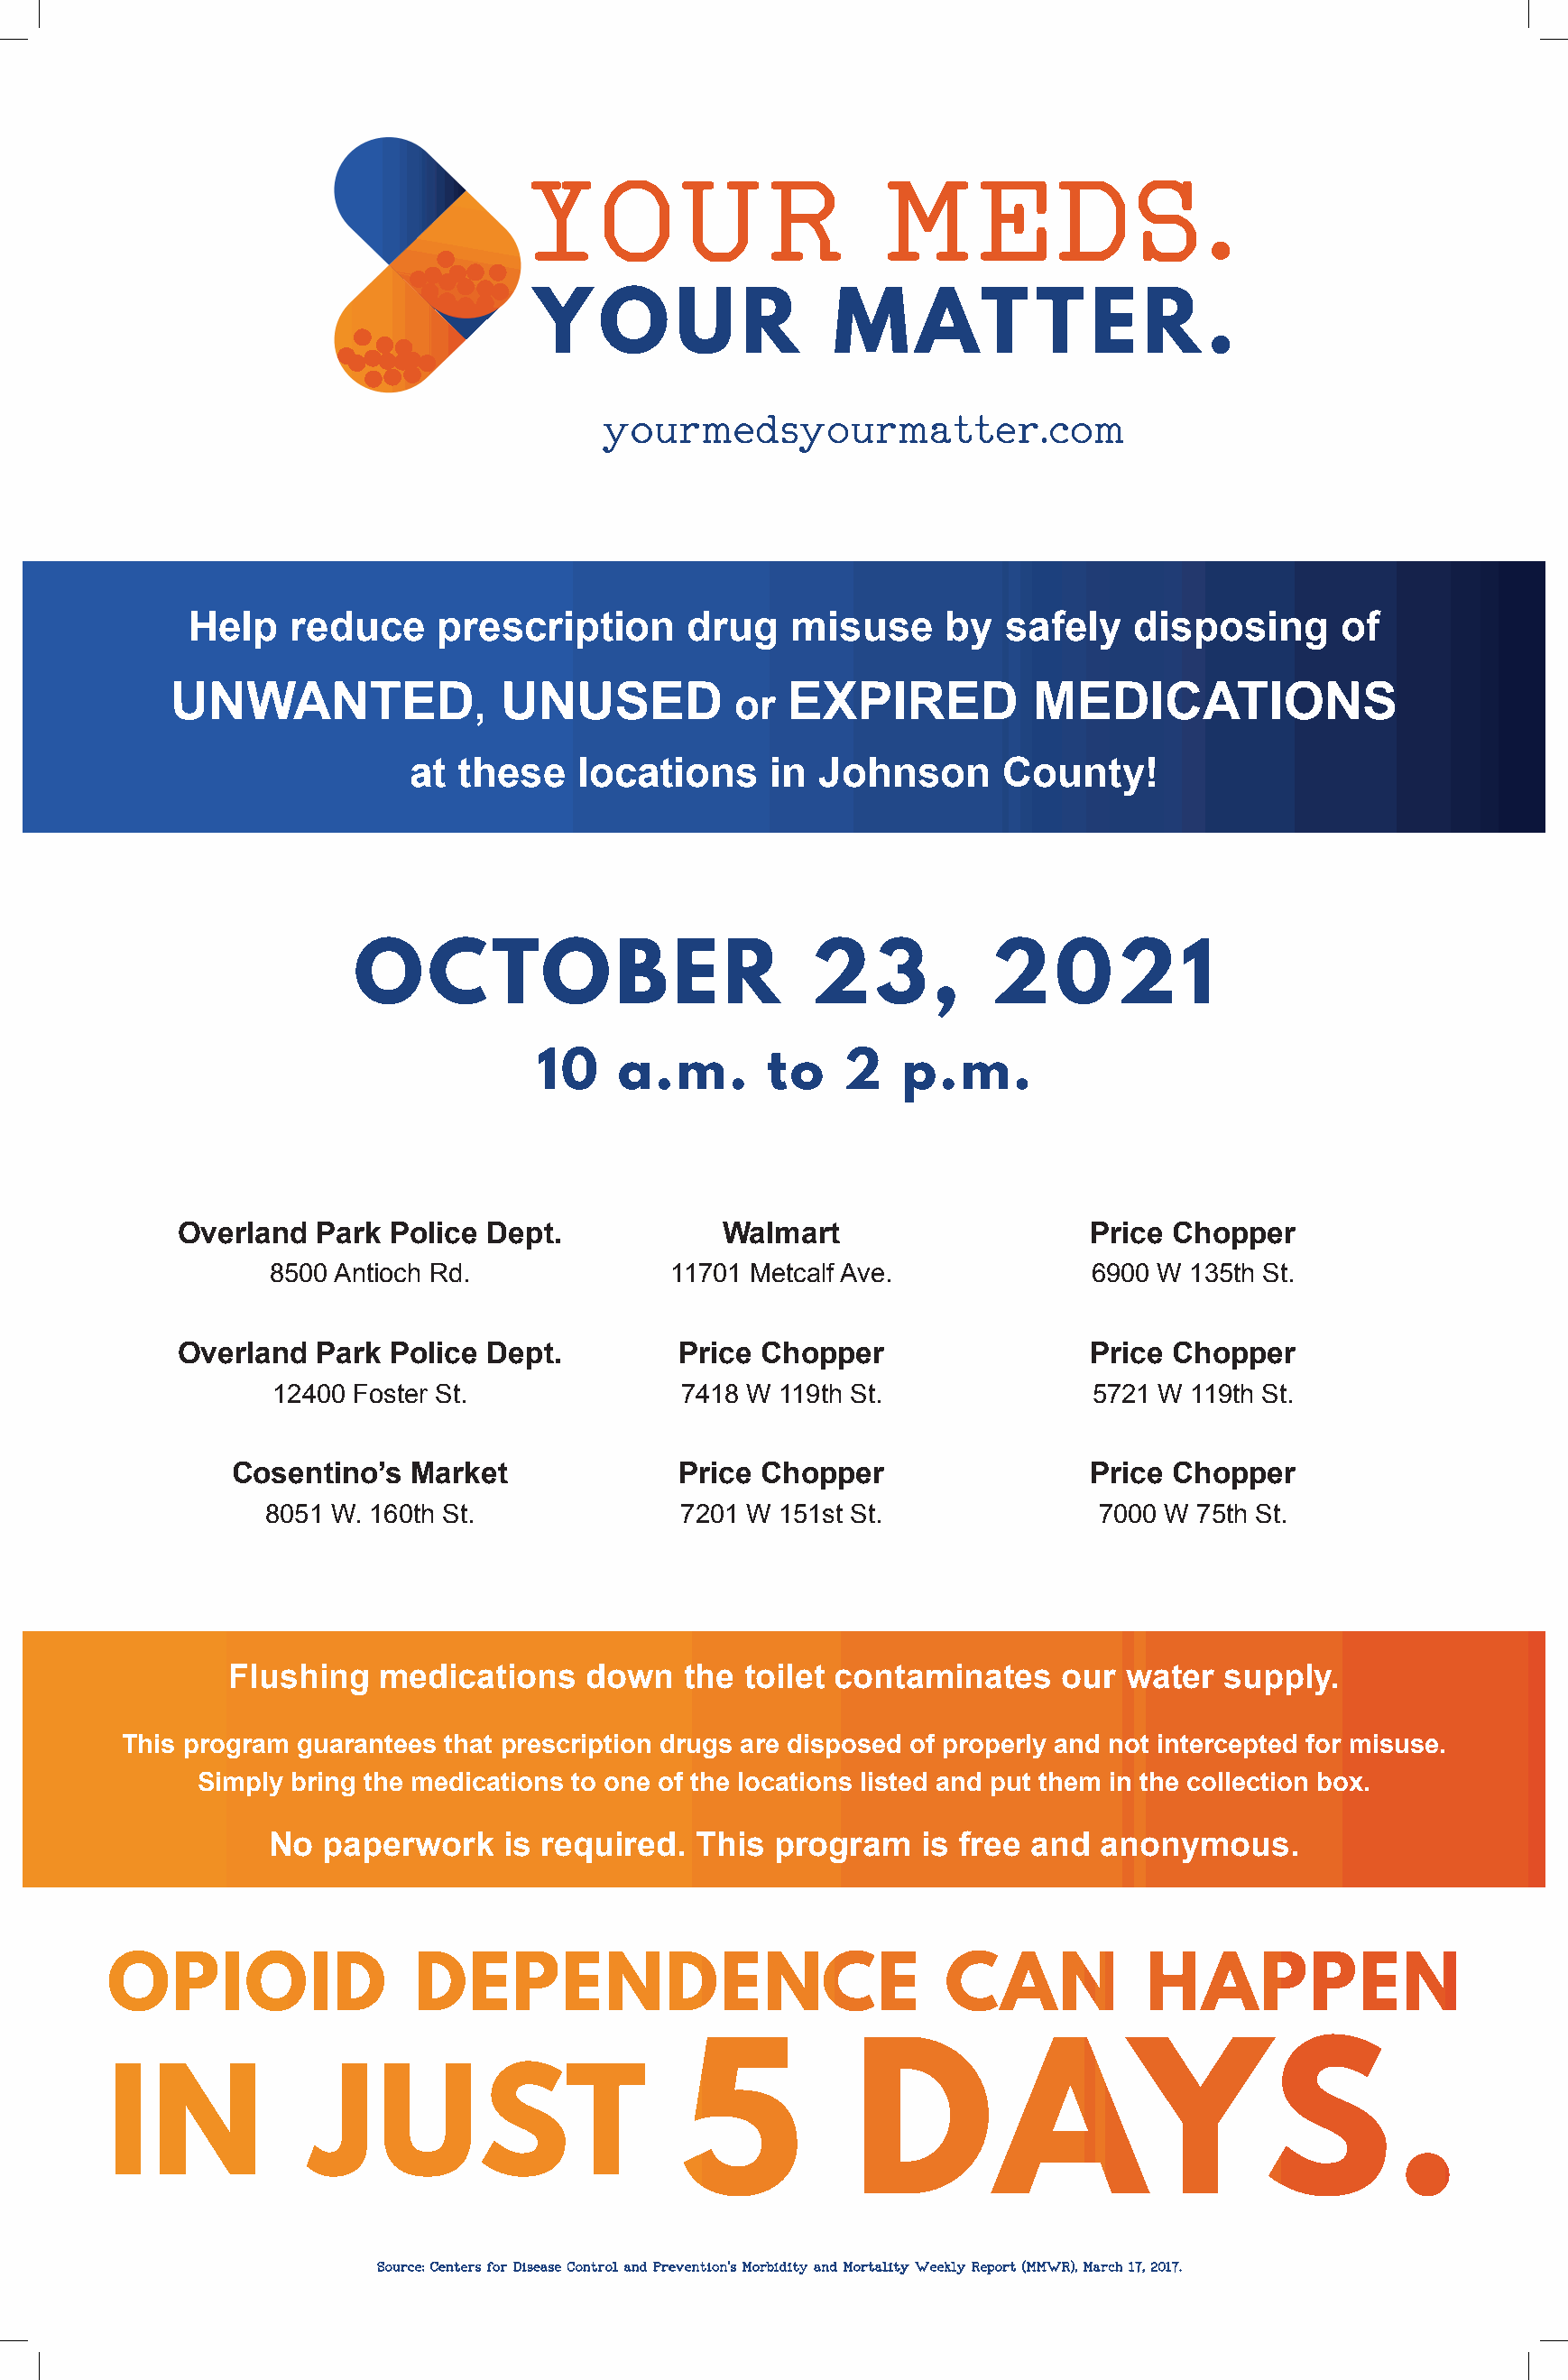
yyoouurrmmeeddssyyoouurrmmaatttteerr..ccoomm
 Help   reduce     prescription      drug    misuse     by   safely   disposing      of
 UNWANTED                UNUSED               EXPIRED           MEDICATIONS
 ,                  or
 at  these   locations      in Johnson       County!
 OCTOBER                          23,           2021
 10    a.m.       to    2   p.m.
 Overland  Park  Police Dept.            Walmart                    Price Chopper
 8500 Antioch Rd.             11701 Metcalf Ave.             6900 W 135th St.
 Overland  Park  Police Dept.         Price Chopper                 Price Chopper
 12400 Foster St.              7418 W 119th St.              5721 W 119th St.
 Cosentino’s  Market              Price Chopper                 Price Chopper
 8051 W. 160th St.              7201 W 151st St.               7000 W 75th St.
 Flushing   medications    down   the  toilet contaminates    our  water  supply.
 This program guarantees that prescription drugs are disposed of properly and not intercepted for misuse.
 Simply bring the medications to one of the locations listed and put them in the collection box.
 No  paperwork    is required.  This  program    is free and  anonymous.
 OPIOID                DEPENDENCE                             CAN            HAPPEN
 5            DAYS.
 IN             JUST
 SSoouurrccee:: CCeenntteerrss ffoorr DDiisseeaassee CCoonnttrrooll aanndd PPrreevveennttiioonn’’ss MMoorrbbiiddiittyy aanndd MMoorrttaalliittyy WWeeeekkllyy RReeppoorrtt ((MMMMWWRR)),, MMaarrcchh 1177,, 22001177..